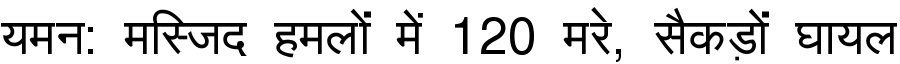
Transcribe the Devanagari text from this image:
यमन: मस्जिद हमलों में 120 मरे, सैकड़ों घायल